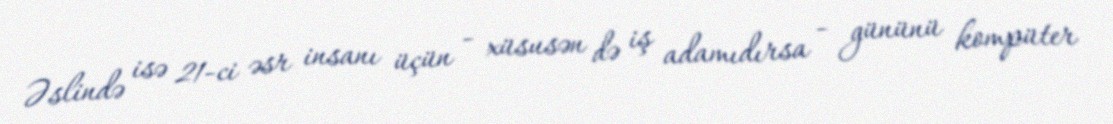
Əslində isə 21-ci əsr insanı üçün - xüsusən də iş adamıdırsa - gününü kompüter